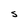
Character: S